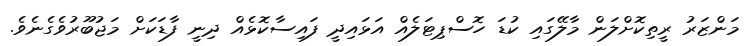
މަންޒަރު ރީތިކޮށްލަން މާލޭގައި ކުޑަ ހޮސްޕިޓަލެއް އަޅައިދީ ފައިސާކޮޅެއް ދިނީ ފާޑަކަށް މަޖުބޫރުވެގެނެވެ.